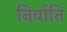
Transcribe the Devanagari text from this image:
निर्वाति